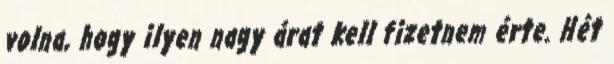
volna, hogy ilyen nagy árat kell fizetnem érte. Hét